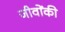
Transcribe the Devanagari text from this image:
जीवोंकी